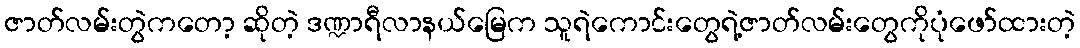
ဇာတ်လမ်းတွဲကတော့ ဆိုတဲ့ ဒဏ္ဍာရီလာနယ်မြေက သူရဲကောင်းတွေရဲ့ဇာတ်လမ်းတွေကိုပုံဖော်ထားတဲ့